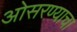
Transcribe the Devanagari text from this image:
ओसरण्याचा